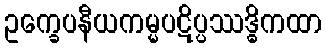
ဥက္ခေပနီယကမ္မပဋိပ္ပဿဒ္ဓိကထာ